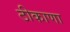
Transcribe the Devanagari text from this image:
ठीकाणा